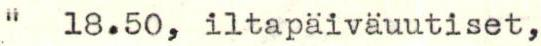
"  18.50, iltäpäiväuutiset,